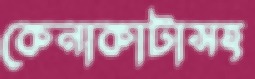
কেনাকাটাসহ